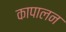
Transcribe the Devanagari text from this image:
कापालन